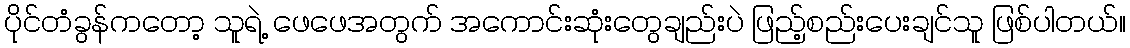
ပိုင်တံခွန်ကတော့ သူရဲ့ ဖေဖေအတွက် အကောင်းဆုံးတွေချည်းပဲ ဖြည့်စည်းပေးချင်သူ ဖြစ်ပါတယ်။